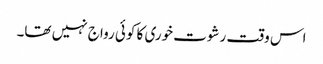
اس وقت رشوت خوری کا کوئی رواج نہیں تھا۔